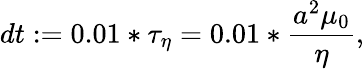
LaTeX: dt:=0.01*\tau_{\eta}=0.01*\frac{a^{2}\mu_{0}}{\eta},